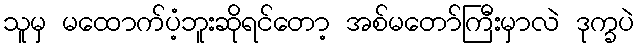
သူမှ မထောက်ပံ့ဘူးဆိုရင်တော့ အစ်မတော်ကြီးမှာလဲ ဒုက္ခပဲ